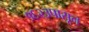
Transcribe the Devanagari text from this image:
१६२३पासून